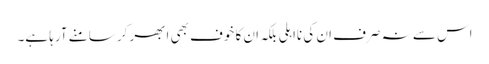
اس سے نہ صرف ان کی نااہلی بلکہ ان کا خوف بھی ابھر کر سامنے آرہا ہے۔